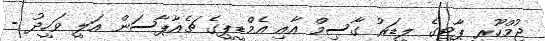
ޖުމްހޫރީ ޕާޓީގެ ލީޑަރު ގާސިމް އާއި އެމްޑީޕީގެ ޗެއާޕާސަން އަލީ ވަހީދު -